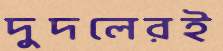
দুদলেরই